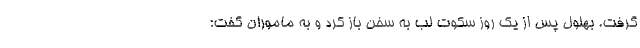
گرفت. بهلول پس از یک روز سکوت لب به سخن باز کرد و به ماموران گفت: